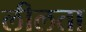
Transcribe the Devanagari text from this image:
लीलता